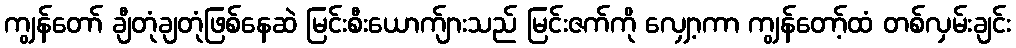
ကျွန်တော် ချီတုံချတုံဖြစ်နေဆဲ မြင်းစီးယောက်ျားသည် မြင်းဇက်ကို လျှော့ကာ ကျွန်တော့်ထံ တစ်လှမ်းချင်း